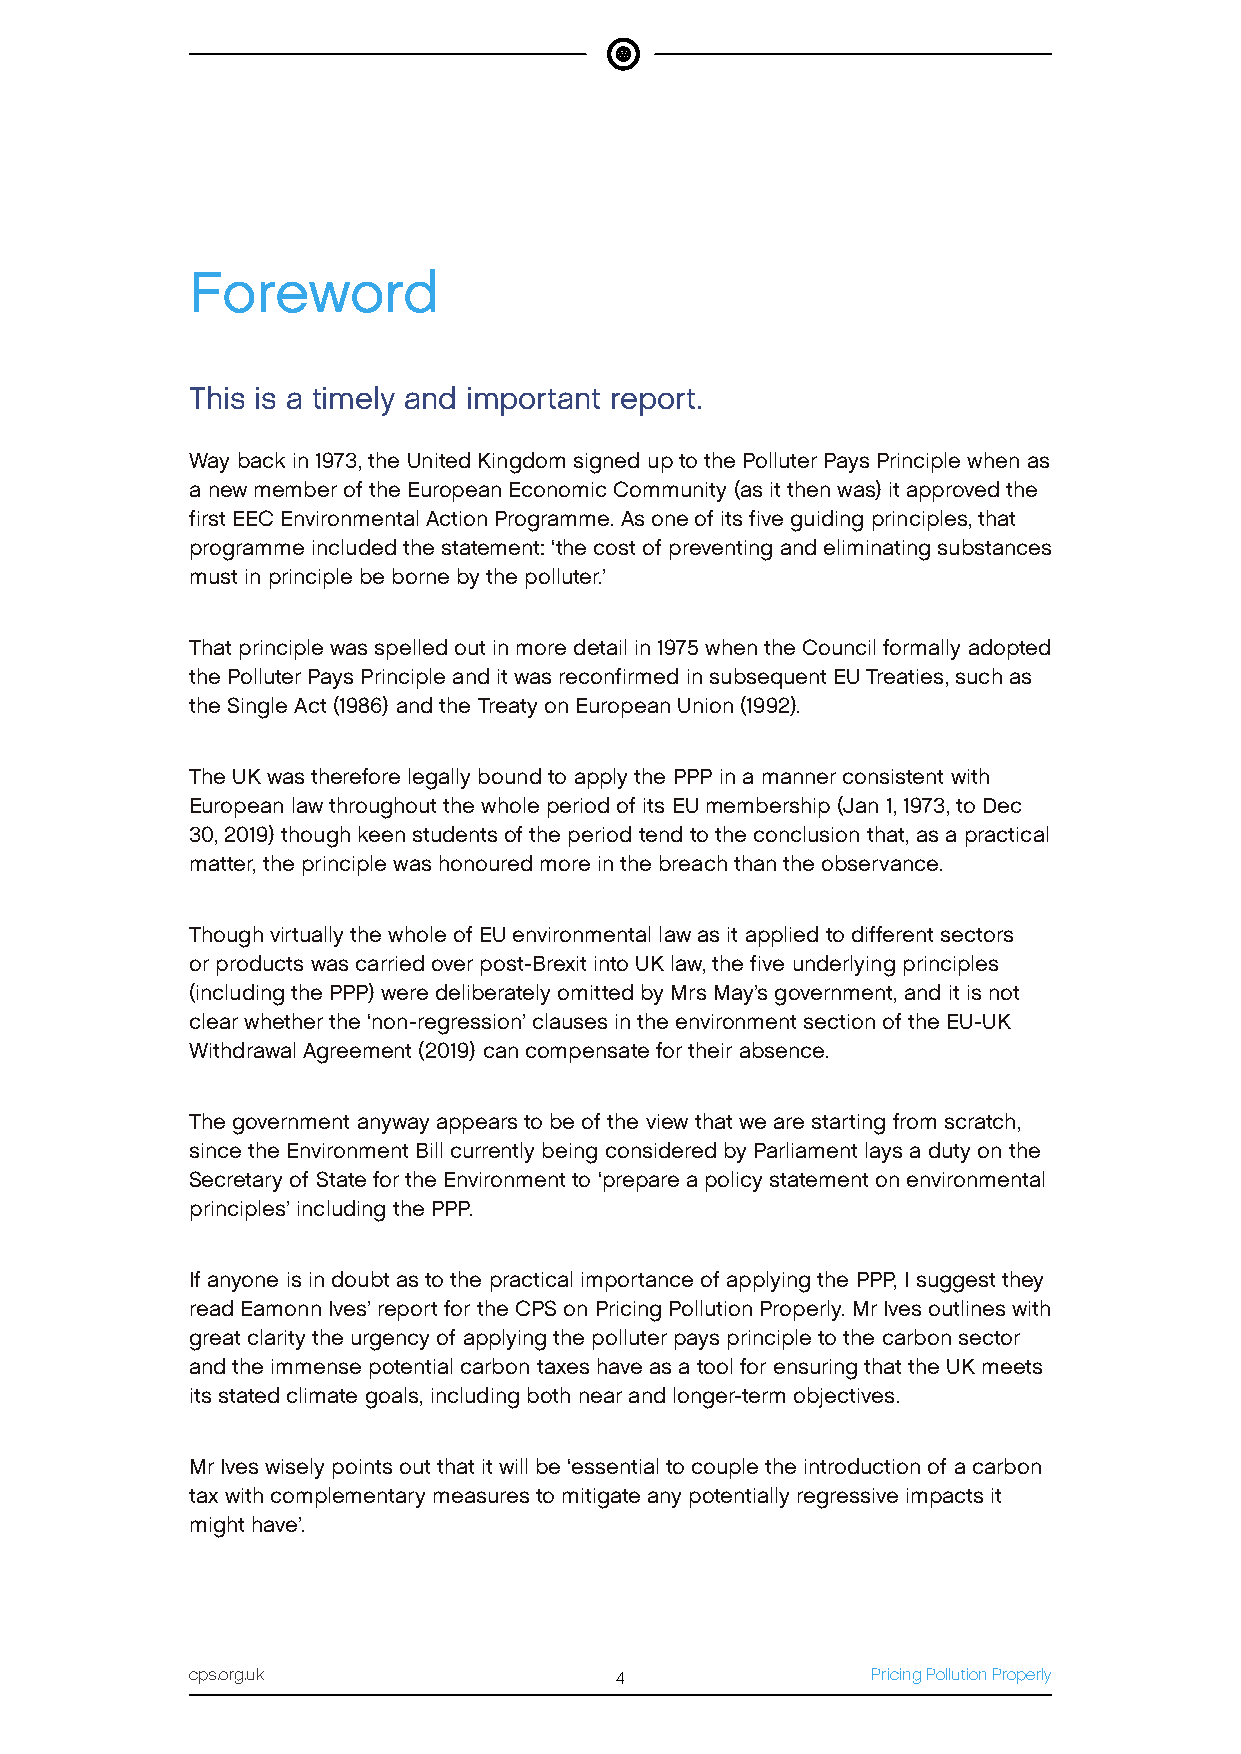
Foreword
 This is a timely and important report.
 Way back in 1973, the United Kingdom signed up to the Polluter Pays Principle when as
 a new member of the European Economic Community (as it then was) it approved the
 first EEC Environmental Action Programme. As one of its five guiding principles, that
 programme included the statement: ‘the cost of preventing and eliminating substances
 must in principle be borne by the polluter.’
 That principle was spelled out in more detail in 1975 when the Council formally adopted
 the Polluter Pays Principle and it was reconfirmed in subsequent EU Treaties, such as
 the Single Act (1986) and the Treaty on European Union (1992).
 The UK was therefore legally bound to apply the PPP in a manner consistent with
 European law throughout the whole period of its EU membership (Jan 1, 1973, to Dec
 30, 2019) though keen students of the period tend to the conclusion that, as a practical
 matter, the principle was honoured more in the breach than the observance.
 Though virtually the whole of EU environmental law as it applied to different sectors
 or products was carried over post-Brexit into UK law, the five underlying principles
 (including the PPP) were deliberately omitted by Mrs May’s government, and it is not
 clear whether the ‘non-regression’ clauses in the environment section of the EU-UK
 Withdrawal Agreement (2019) can compensate for their absence.
 The government anyway appears to be of the view that we are starting from scratch,
 since the Environment Bill currently being considered by Parliament lays a duty on the
 Secretary of State for the Environment to ‘prepare a policy statement on environmental
 principles’ including the PPP.
 If anyone is in doubt as to the practical importance of applying the PPP, I suggest they
 read Eamonn Ives’ report for the CPS on Pricing Pollution Properly. Mr Ives outlines with
 great clarity the urgency of applying the polluter pays principle to the carbon sector
 and the immense potential carbon taxes have as a tool for ensuring that the UK meets
 its stated climate goals, including both near and longer-term objectives.
 Mr Ives wisely points out that it will be ‘essential to couple the introduction of a carbon
 tax with complementary measures to mitigate any potentially regressive impacts it
 might have’.
 cps.org.uk                  4                Pricing Pollution Properly